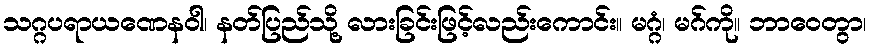
သဂ္ဂပရာယဏေနဝါ၊ နတ်ပြည်သို့ လားခြင်းဖြင့်လည်းကောင်း။ မဂ္ဂံ၊ မဂ်ကို။ ဘာဝေတွာ၊